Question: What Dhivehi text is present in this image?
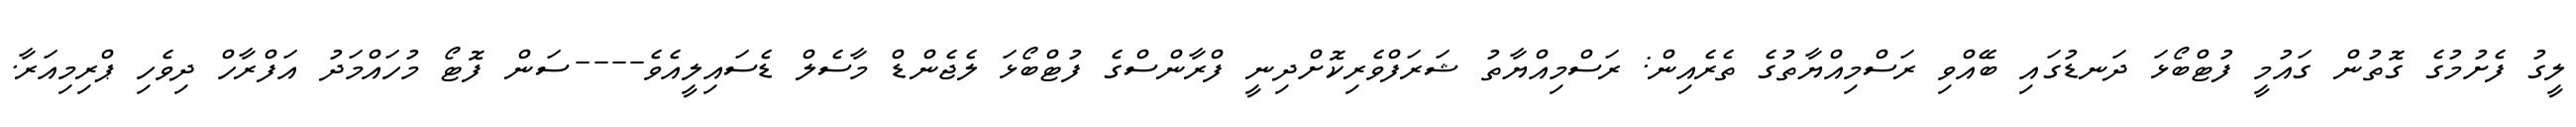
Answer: ލީގު ފެށުމުގެ ގޮތުން ގައުމީ ފުޓްބޯޅަ ދަނޑުގައި ބޭއްވި ރަސްމިއްޔާތުގެ ތެރެއިން: ރަސްމިއްޔާތު ޝަރަފްވެރިކޮށްދިނީ ފްރާންސްގެ ފުޓްބޯޅަ ލެޖެންޑް މާސެލް ޑެސައިލީއެވެ----ސަން ފޮޓޯ މުހައްމަދު އަފްރާހް ދިވެހި ޕްރިމިއަރާ.